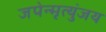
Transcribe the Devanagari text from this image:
जपेन्मृत्युंजय